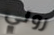
روني